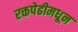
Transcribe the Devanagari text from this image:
रक्तपेढीमधून